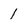
Character: 1